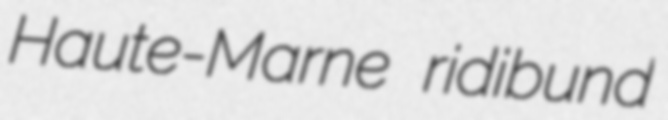
Haute-Marne ridibund